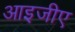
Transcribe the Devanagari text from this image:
आइजीए